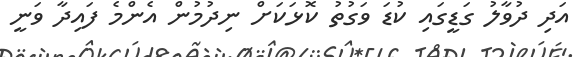
އަދި ދުވާލު ގަޑީގައި ކުޑަ ވަގުތު ކޮޅަކަށް ނިދުމުން އެންމެ ފައިދާ ވަނީ